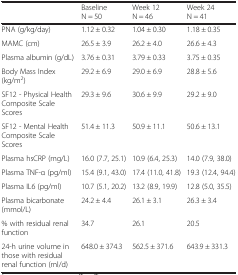
<table><thead><tr><td></td><td><b>Baseline N = 50</b></td><td><b>Week 12 N = 46</b></td><td><b>Week 24 N = 41</b></td></tr></thead><tbody><tr><td>PNA (g/kg/day)</td><td>1.12 ± 0.32</td><td>1.04 ± 0.30</td><td>1.18 ± 0.35</td></tr><tr><td>MAMC (cm)</td><td>26.5 ± 3.9</td><td>26.2 ± 4.0</td><td>26.6 ± 4.3</td></tr><tr><td>Plasma albumin (g/dL)</td><td>3.76 ± 0.31</td><td>3.79 ± 0.33</td><td>3.75 ± 0.35</td></tr><tr><td>Body Mass Index (kg/m<sup>2</sup>)</td><td>29.2 ± 6.9</td><td>29.0 ± 6.9</td><td>28.8 ± 5.6</td></tr><tr><td>SF12 - Physical Health Composite Scale Scores</td><td>29.3 ± 9.6</td><td>30.6 ± 9.9</td><td>29.2 ± 9.0</td></tr><tr><td>SF12 - Mental Health Composite Scale Scores</td><td>51.4 ± 11.3</td><td>50.9 ± 11.1</td><td>50.6 ± 13.1</td></tr><tr><td>Plasma hsCRP (mg/L)</td><td>16.0 (7.7, 25.1)</td><td>10.9 (6.4, 25.3)</td><td>14.0 (7.9, 38.0)</td></tr><tr><td>Plasma TNF-α (pg/ml)</td><td>15.4 (9.1, 43.0)</td><td>17.4 (11.0, 41.8)</td><td>19.3 (12.4, 94.4)</td></tr><tr><td>Plasma IL6 (pg/ml)</td><td>10.7 (5.1, 20.2)</td><td>13.2 (8.9, 19.9)</td><td>12.8 (5.0, 35.5)</td></tr><tr><td>Plasma bicarbonate (mmol/L)</td><td>24.2 ± 4.4</td><td>26.1 ± 3.1</td><td>26.3 ± 3.4</td></tr><tr><td>% with residual renal function</td><td>34.7</td><td>26.1</td><td>20.5</td></tr><tr><td>24-h urine volume in those with residual renal function (ml/d)</td><td>648.0 ± 374.3</td><td>562.5 ± 371.6</td><td>643.9 ± 331.3</td></tr></tbody></table>